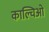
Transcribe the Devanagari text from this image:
काल्चिओ